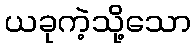
ယခုကဲ့သို့သော